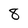
Character: 8